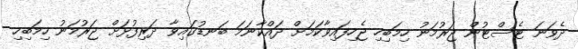
ދެވަނަ ޓެސްޓުން ޖަރުމަނު ހިމަބިހި ޖެހިފައިވާކަމަށް ދައްކާނަމަ ބަނޑުގައިވާ ދަރިފުޅަށް ޖަރުމަނު ހިމަބިހި